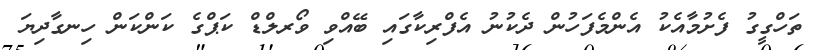
ތަހްގީގު ފެށުމާއެކު އެންމެފަހުން ދެކުނު އެފްރިކާގައި ބޭއްވި ވޯރލްޑް ކަޕްގެ ކަންކަން ހިނގާދިޔަ